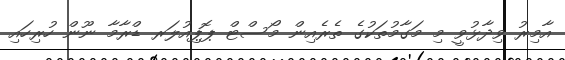
އާމިރު ވިދާޅުވީ މި މަގާމުތަކުގެ ތެރެއިން މޯސްޓް ޕޮޕިއުލަރ ޑްރާމާ ނޫން ހުރިހައި